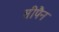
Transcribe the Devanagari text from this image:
सीपैन